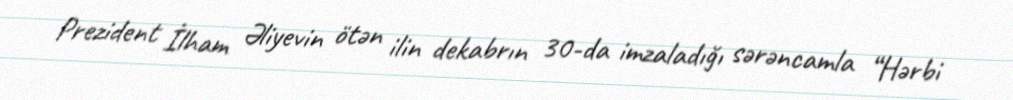
Prezident İlham Əliyevin ötən ilin dekabrın 30-da imzaladığı sərəncamla “Hərbi